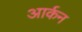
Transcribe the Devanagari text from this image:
आर्कन